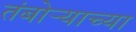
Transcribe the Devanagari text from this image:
तंबोर्‍याच्या